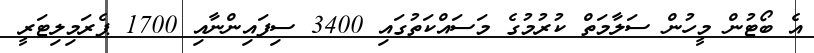
އެ ބޯޓުން މީހުން ސަލާމަތް ކުރުމުގެ މަސައްކަތުގައި 3400 ސިފައިންނާއި 1700 ޕެރަމިލިޓަރީ